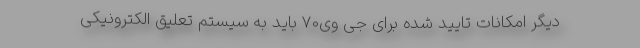
دیگر امکانات تایید شده برای جی وی70 باید به سیستم تعلیق الکترونیکی